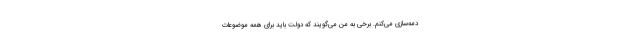
دمه‌سازی می‌کنم. برخی به من می‌گویند که دولت باید برای همه موضوعات